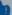
إ